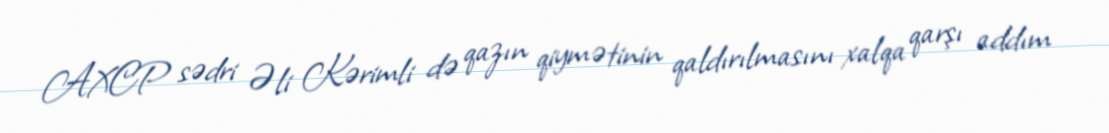
AXCP sədri Əli Kərimli də qazın qiymətinin qaldırılmasını xalqa qarşı addım